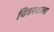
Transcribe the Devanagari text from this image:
चित्ररथाला